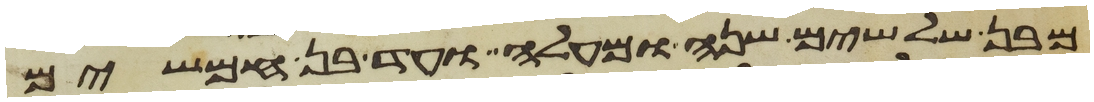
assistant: מבן שלשים שנה ומעלה ועד בן חמשים